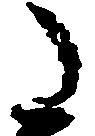
た